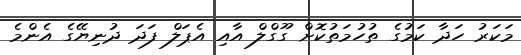
މަކަރު ހަދާ ކަމުގެ ތުހުމަތުކޮށް ގޫގްލް އާއި އެޕަލް ފަދަ ދުނިޔޭގެ އެންމެ